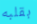
بقلبه